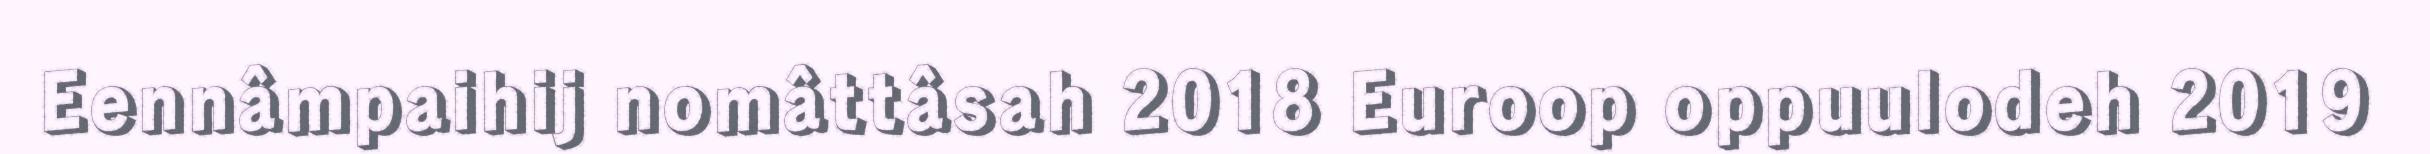
Eennâmpaihij nomâttâsah 2018 Euroop oppuulodeh 2019